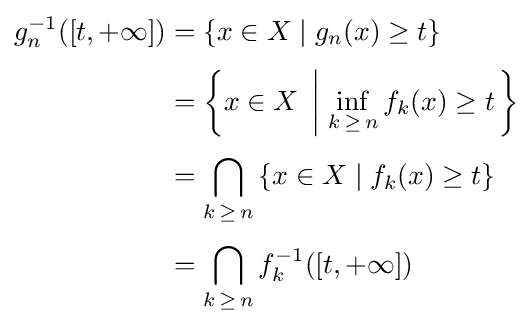
{\begin{aligned}g_{n}^{-1}([t,+\infty ])&=\left\{x\in X\mid g_{n}(x)\geq t\right\}\\[3pt]&=\left\{x\in X\;\left|\;\inf _{k\,\geq \,n}f_{k}(x)\geq t\right.\right\}\\[3pt]&=\bigcap _{k\,\geq \,n}\left\{x\in X\mid f_{k}(x)\geq t\right\}\\[3pt]&=\bigcap _{k\,\geq \,n}f_{k}^{-1}([t,+\infty ])\end{aligned}}